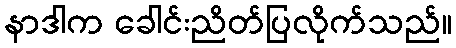
နာဒါက ခေါင်းညိတ်ပြလိုက်သည်။